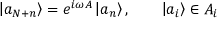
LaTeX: \left| a _ { N + n } \right\rangle = e ^ { i \omega A } \left| a _ { n } \right\rangle , \qquad \left| a _ { i } \right\rangle \in { \cal A } _ { i }